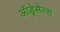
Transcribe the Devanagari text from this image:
ऑड्रेसेल्स